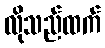
လိုသည်ထက်